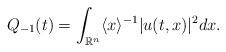
LaTeX: \begin{align*}Q_{-1}(t) = \int_{\mathbb R^n} \langle x \rangle^{-1} |u(t,x)|^2 dx.\end{align*}